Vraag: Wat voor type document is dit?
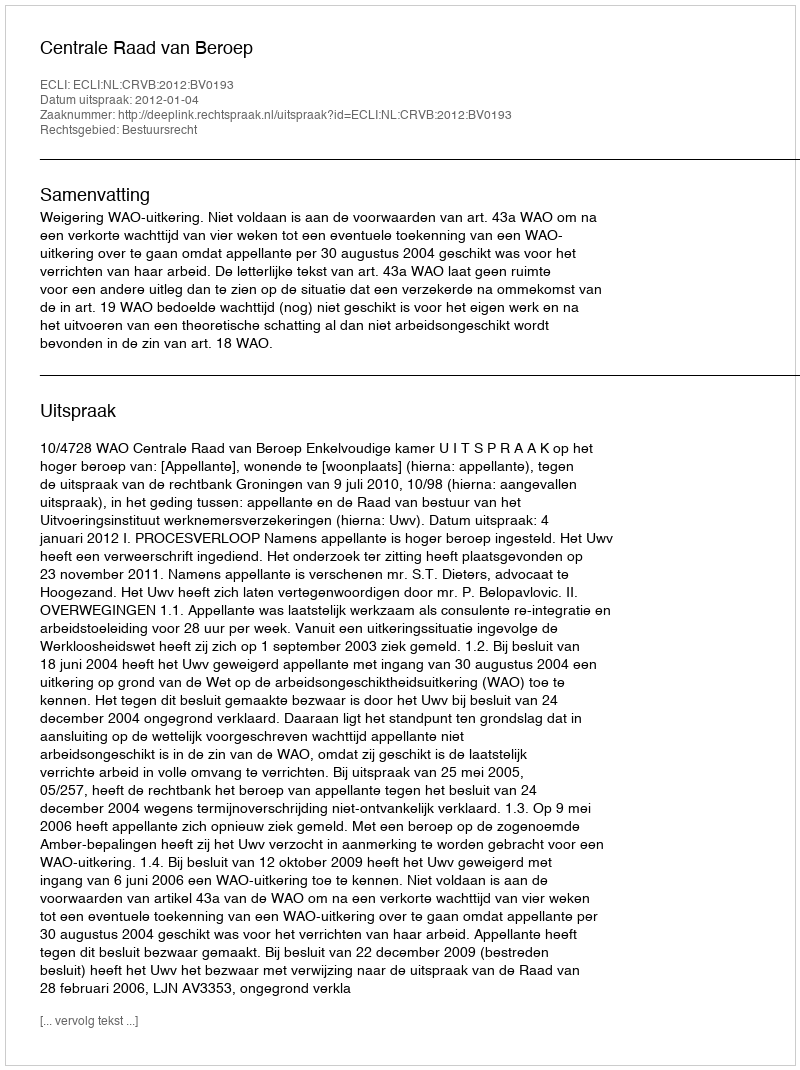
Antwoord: Uitspraak